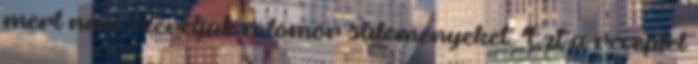
mert nem szeretjük a tömör süteményeket. Ezt a receptet